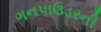
ગનપાઉડરની